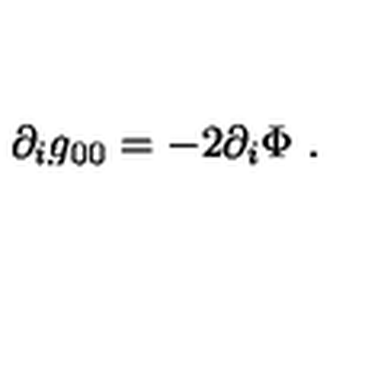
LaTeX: \partial _ { i } g _ { 0 0 } = - 2 \partial _ { i } \Phi \ .